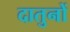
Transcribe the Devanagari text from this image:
दातुनों